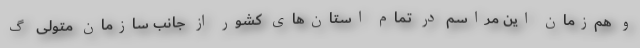
و هم‌زمان این مراسم در تمام استان‌های کشور از جانب سازمان متولی گ